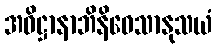
အဓိဋ္ဌာနာဘိနိဝေသာနုသယံ